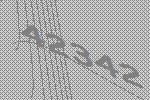
42342